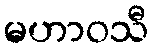
မဟာဝသီ